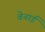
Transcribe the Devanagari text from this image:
वेनार्ड